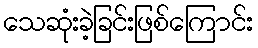
သေဆုံးခဲ့ခြင်းဖြစ်ကြောင်း